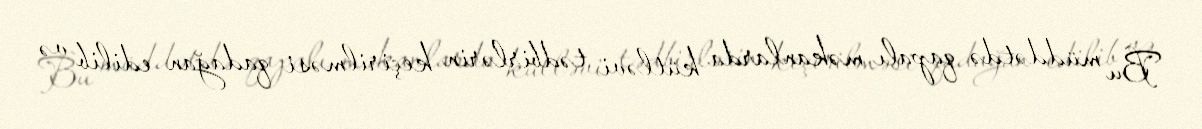
Bu müddətdə qapalı məkanlarda kütləvi tədbirlərin keçirilməsi qadağan edilib və